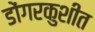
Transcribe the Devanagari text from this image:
डोंगरकुशीत